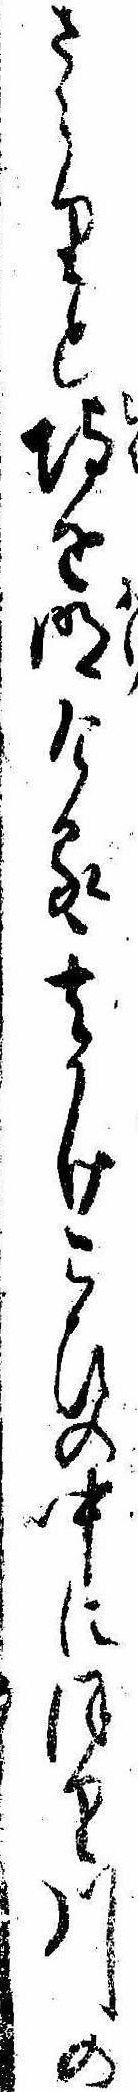
さらりと埒を明ける其かけこひの中にほり川の